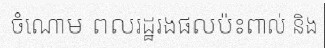
ចំណោម ពលរដ្ឋរងផលប៉ះពាល់ និង